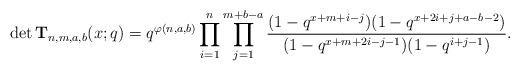
LaTeX: \begin{align*}\det \mathbf{T}_{n,m,a,b}(x;q)=q^{\varphi(n,a,b)}\prod_{i=1}^n\prod_{j=1}^{m+b-a}\frac{(1-q^{x+m+i-j})(1-q^{x+2i+j+a-b-2})}{(1-q^{x+m+2i-j-1})(1-q^{i+j-1})}.\end{align*}